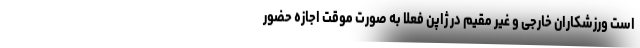
است ورزشکاران خارجی و غیر مقیم در ژاپن فعلا به صورت موقت اجازه حضور